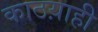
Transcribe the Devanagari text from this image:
काठय़ाही